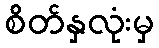
စိတ်နှလုံးမှ